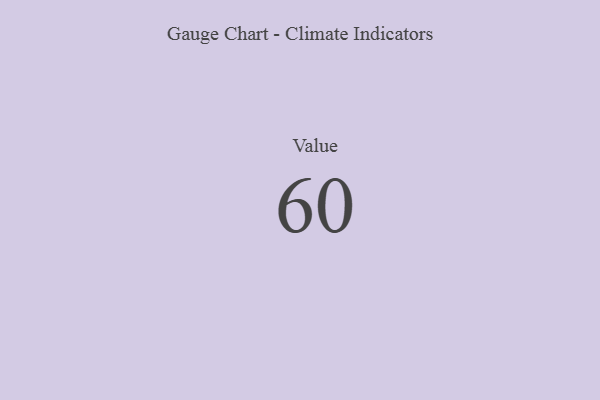
{"axis": {"x": "Metric", "y": "Value"}, "legend": [""], "data": [{"x": "Value", "y": 60, "type": ""}]}